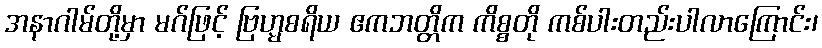
အနာဂါမ်တို့မှာ မဂ်ဖြင့် ဗြဟ္မစရိယ ဧကဘတ္တိက ကိစ္စတို ကစ်ပါးတည်းပါလာကြောင်း၊